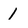
Character: 1